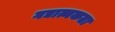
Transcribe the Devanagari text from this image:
गद्यात्मकता